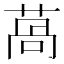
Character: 萵